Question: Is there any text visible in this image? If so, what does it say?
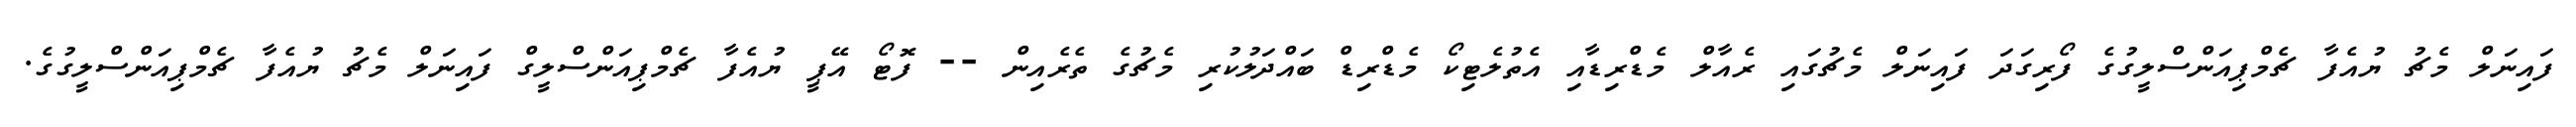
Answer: ފައިނަލް މެޗު ޔުއެފާ ޗެމްޕިއަންސްލީގުގެ ފޯރިގަދަ ފައިނަލް މެޗުގައި ރެއާލް މެޑްރިޑާއި އެތުލެޓިކޯ މެޑްރިޑް ބައްދަލުކުރި މެޗުގެ ތެރެއިން -- ފޮޓޯ އޭޕީ ޔުއެފާ ޗެމްޕިއަންސްލީގް ފައިނަލް މެޗު ޔުއެފާ ޗެމްޕިއަންސްލީގުގެ.